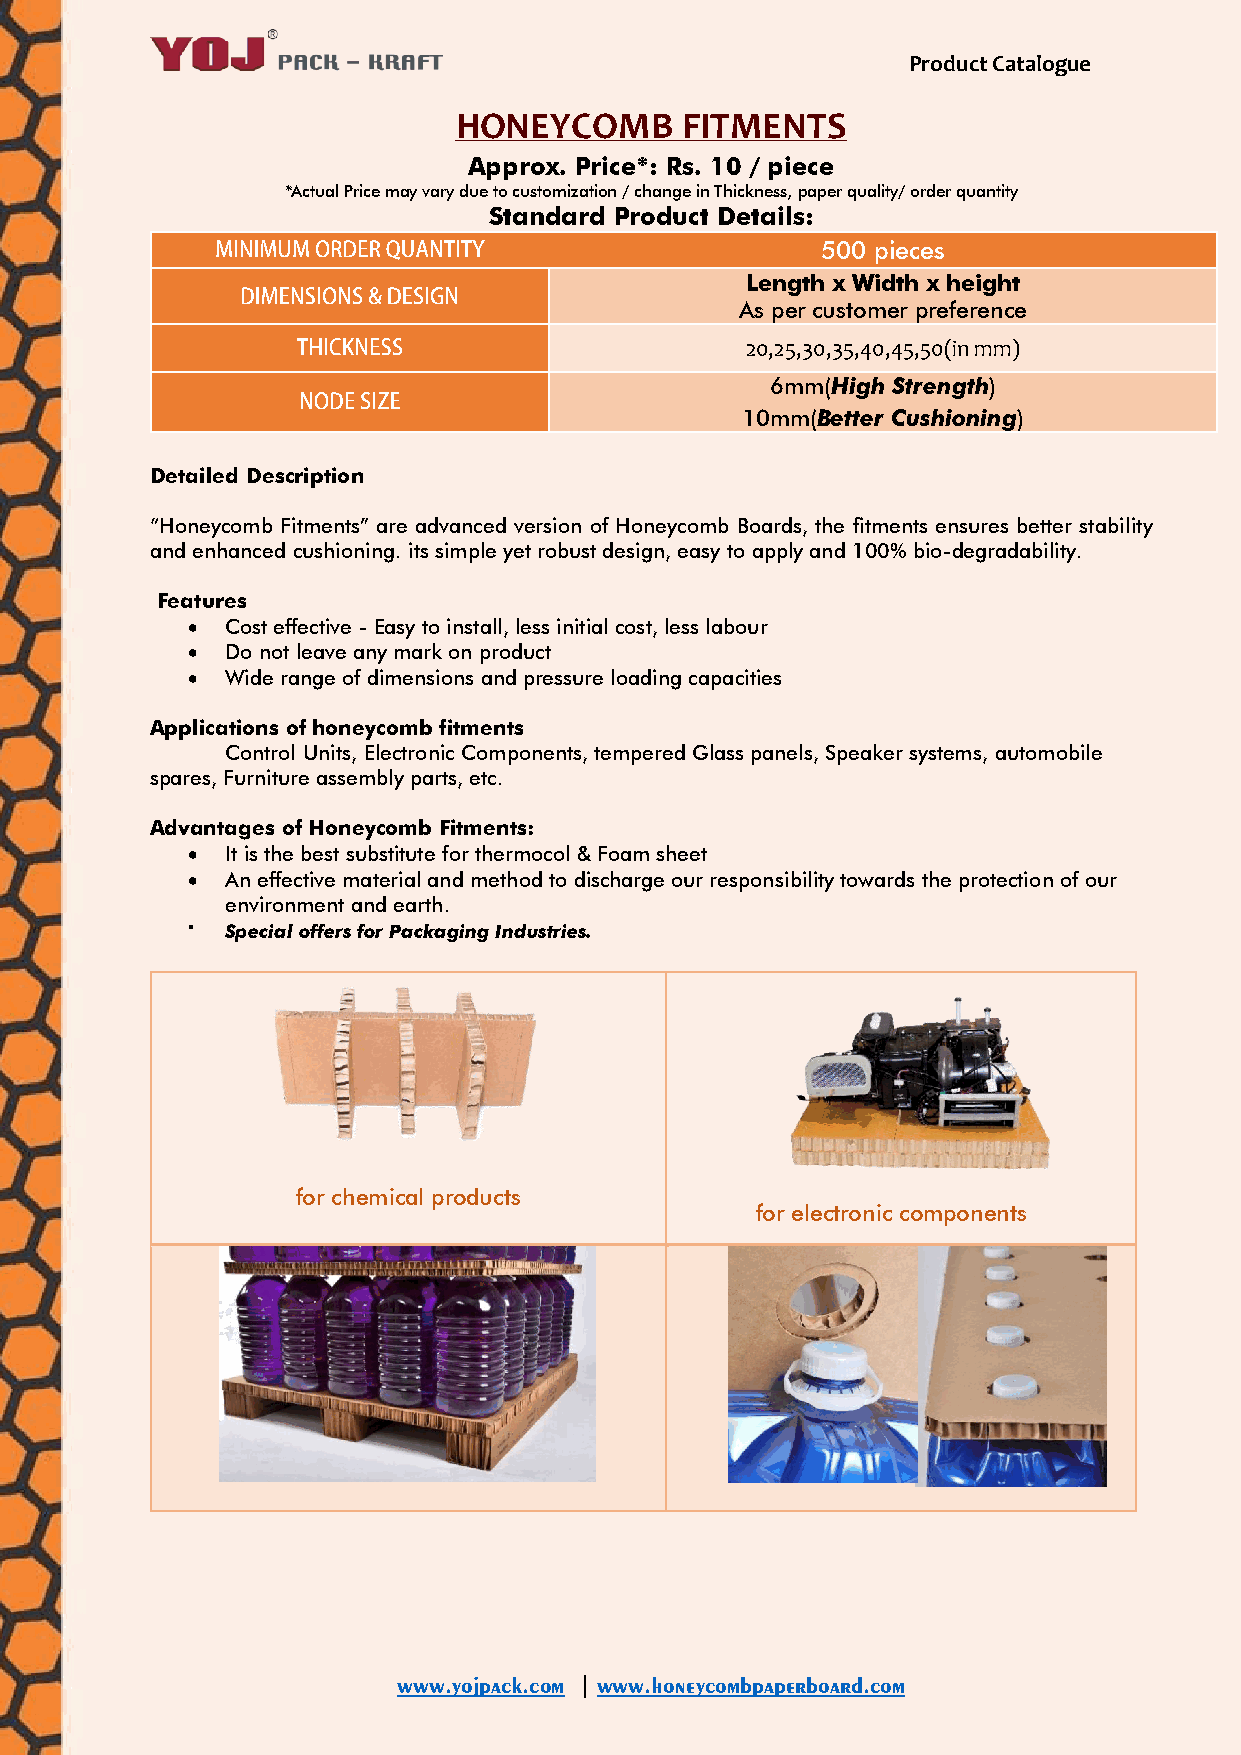
Product Catalogue
 HONEYCOMB      FITMENTS
 Approx. Price*: Rs. 10 / piece
 *Actual Price may vary due to customization / change in Thickness, paper quality/ order quantity
 Standard Product Details:
 500 pieces
 Length x Width x height
 As per customer preference
 20,25,30,35,40,45,50(in mm)
 6mm(High Strength)
 10mm(Better Cushioning)
 Detailed Description
 “Honeycomb Fitments” are advanced version of Honeycomb Boards, the fitments ensures better stability
 and enhanced cushioning. its simple yet robust design, easy to apply and 100% bio-degradability.
 Features
   Cost effective - Easy to install, less initial cost, less labour
   Do not leave any mark on product
   Wide range of dimensions and pressure loading capacities
 Applications of honeycomb fitments
 Control Units, Electronic Components, tempered Glass panels, Speaker systems, automobile
 spares, Furniture assembly parts, etc.
 Advantages of Honeycomb Fitments:
   It is the best substitute for thermocol & Foam sheet
   An effective material and method to discharge our responsibility towards the protection of our
 environment and earth.
   Special offers for Packaging Industries.
 for chemical products
 for electronic components
 www.yojpack.com | www.honeycombpaperboard.com